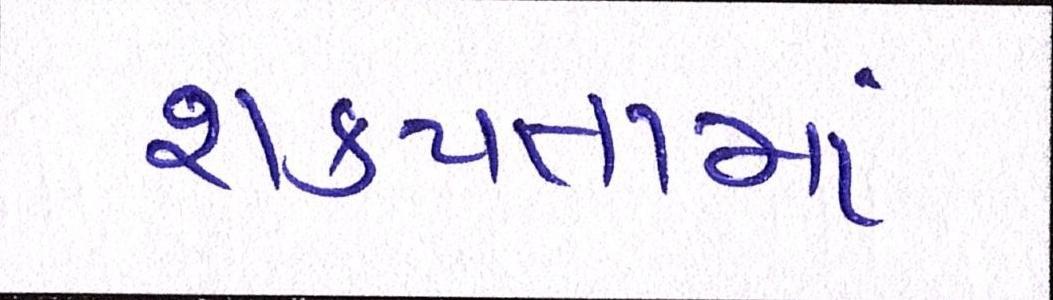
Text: શકયતામાં